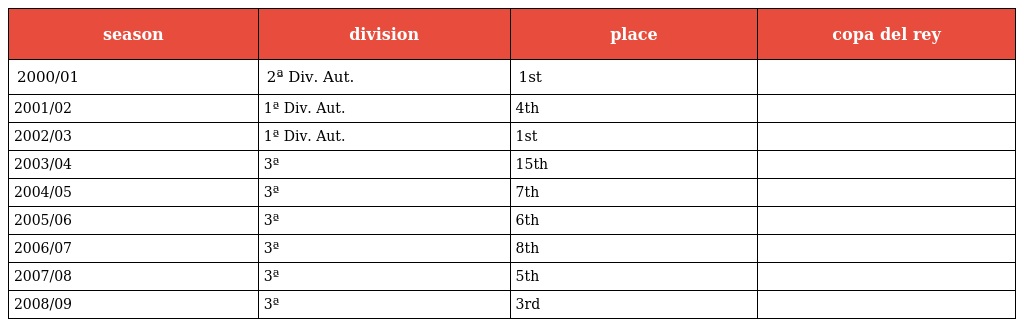
| season | division | place | copa del rey |
 | --- | --- | --- | --- |
 | 2000/01 | 2ª Div. Aut. | 1st |  |
 | 2001/02 | 1ª Div. Aut. | 4th |  |
 | 2002/03 | 1ª Div. Aut. | 1st |  |
 | 2003/04 | 3ª | 15th |  |
 | 2004/05 | 3ª | 7th |  |
 | 2005/06 | 3ª | 6th |  |
 | 2006/07 | 3ª | 8th |  |
 | 2007/08 | 3ª | 5th |  |
 | 2008/09 | 3ª | 3rd |  |